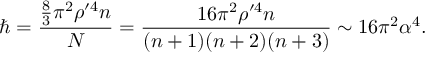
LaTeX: \hbar = \frac { \frac { 8 } { 3 } \pi ^ { 2 } \rho ^ { \prime 4 } n } { N } = \frac { 1 6 \pi ^ { 2 } \rho ^ { \prime 4 } n } { ( n + 1 ) ( n + 2 ) ( n + 3 ) } \sim 1 6 \pi ^ { 2 } \alpha ^ { 4 } .